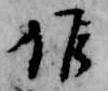
候